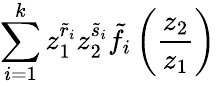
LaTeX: \sum_{i=1}^{k}z_{1}^{\tilde{r}_{i}}z_{2}^{\tilde{s}_{i}}\tilde{f}_{i}\left(\frac{z_{2}}{z_{1}}\right)